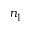
n _ { 1 }